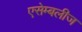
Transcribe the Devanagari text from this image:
एसेम्बलीज